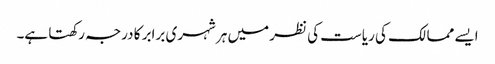
ایسے ممالک کی ریاست کی نظر میں ہر شہری برابر کا درجہ رکھتا ہے۔